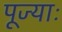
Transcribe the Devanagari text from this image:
पूज्याः